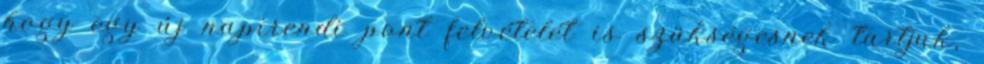
hogy egy új napirendi pont felvételét is szükségesnek tartjuk,